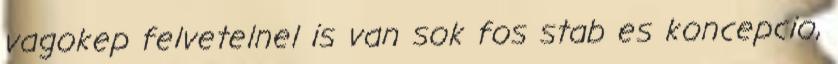
vagokep felvetelnel is van sok fos stab es koncepcio,